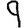
Digit: 9